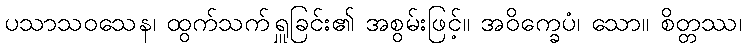
ပသာသဝသေန၊ ထွက်သက်ရှူခြင်း၏ အစွမ်းဖြင့်။ အဝိက္ခေပံ၊ သော။ စိတ္တဿ၊